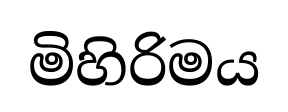
මිහිරිමය